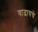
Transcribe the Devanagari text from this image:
वाढायचे